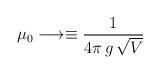
LaTeX: \begin{align*}\mu_0\longrightarrow\equiv {1\over 4\pi\, g\, \sqrt V }\end{align*}